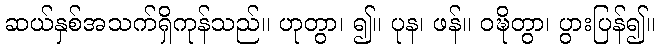
ဆယ်နှစ်အသက်ရှိကုန်သည်။ ဟုတွာ၊ ၍။ ပုန၊ ဖန်။ ဝဍ္ဎိတွာ၊ ပွားပြန်၍။